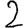
Digit: 2